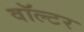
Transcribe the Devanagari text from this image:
वॉल्‍टर